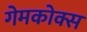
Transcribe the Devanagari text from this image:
गेमकोक्स